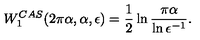
W _ { 1 } ^ { C A S } ( 2 \pi \alpha , \alpha , \epsilon ) = \frac 1 2 \ln { \frac { \pi \alpha } { \ln \epsilon ^ { - 1 } } } .